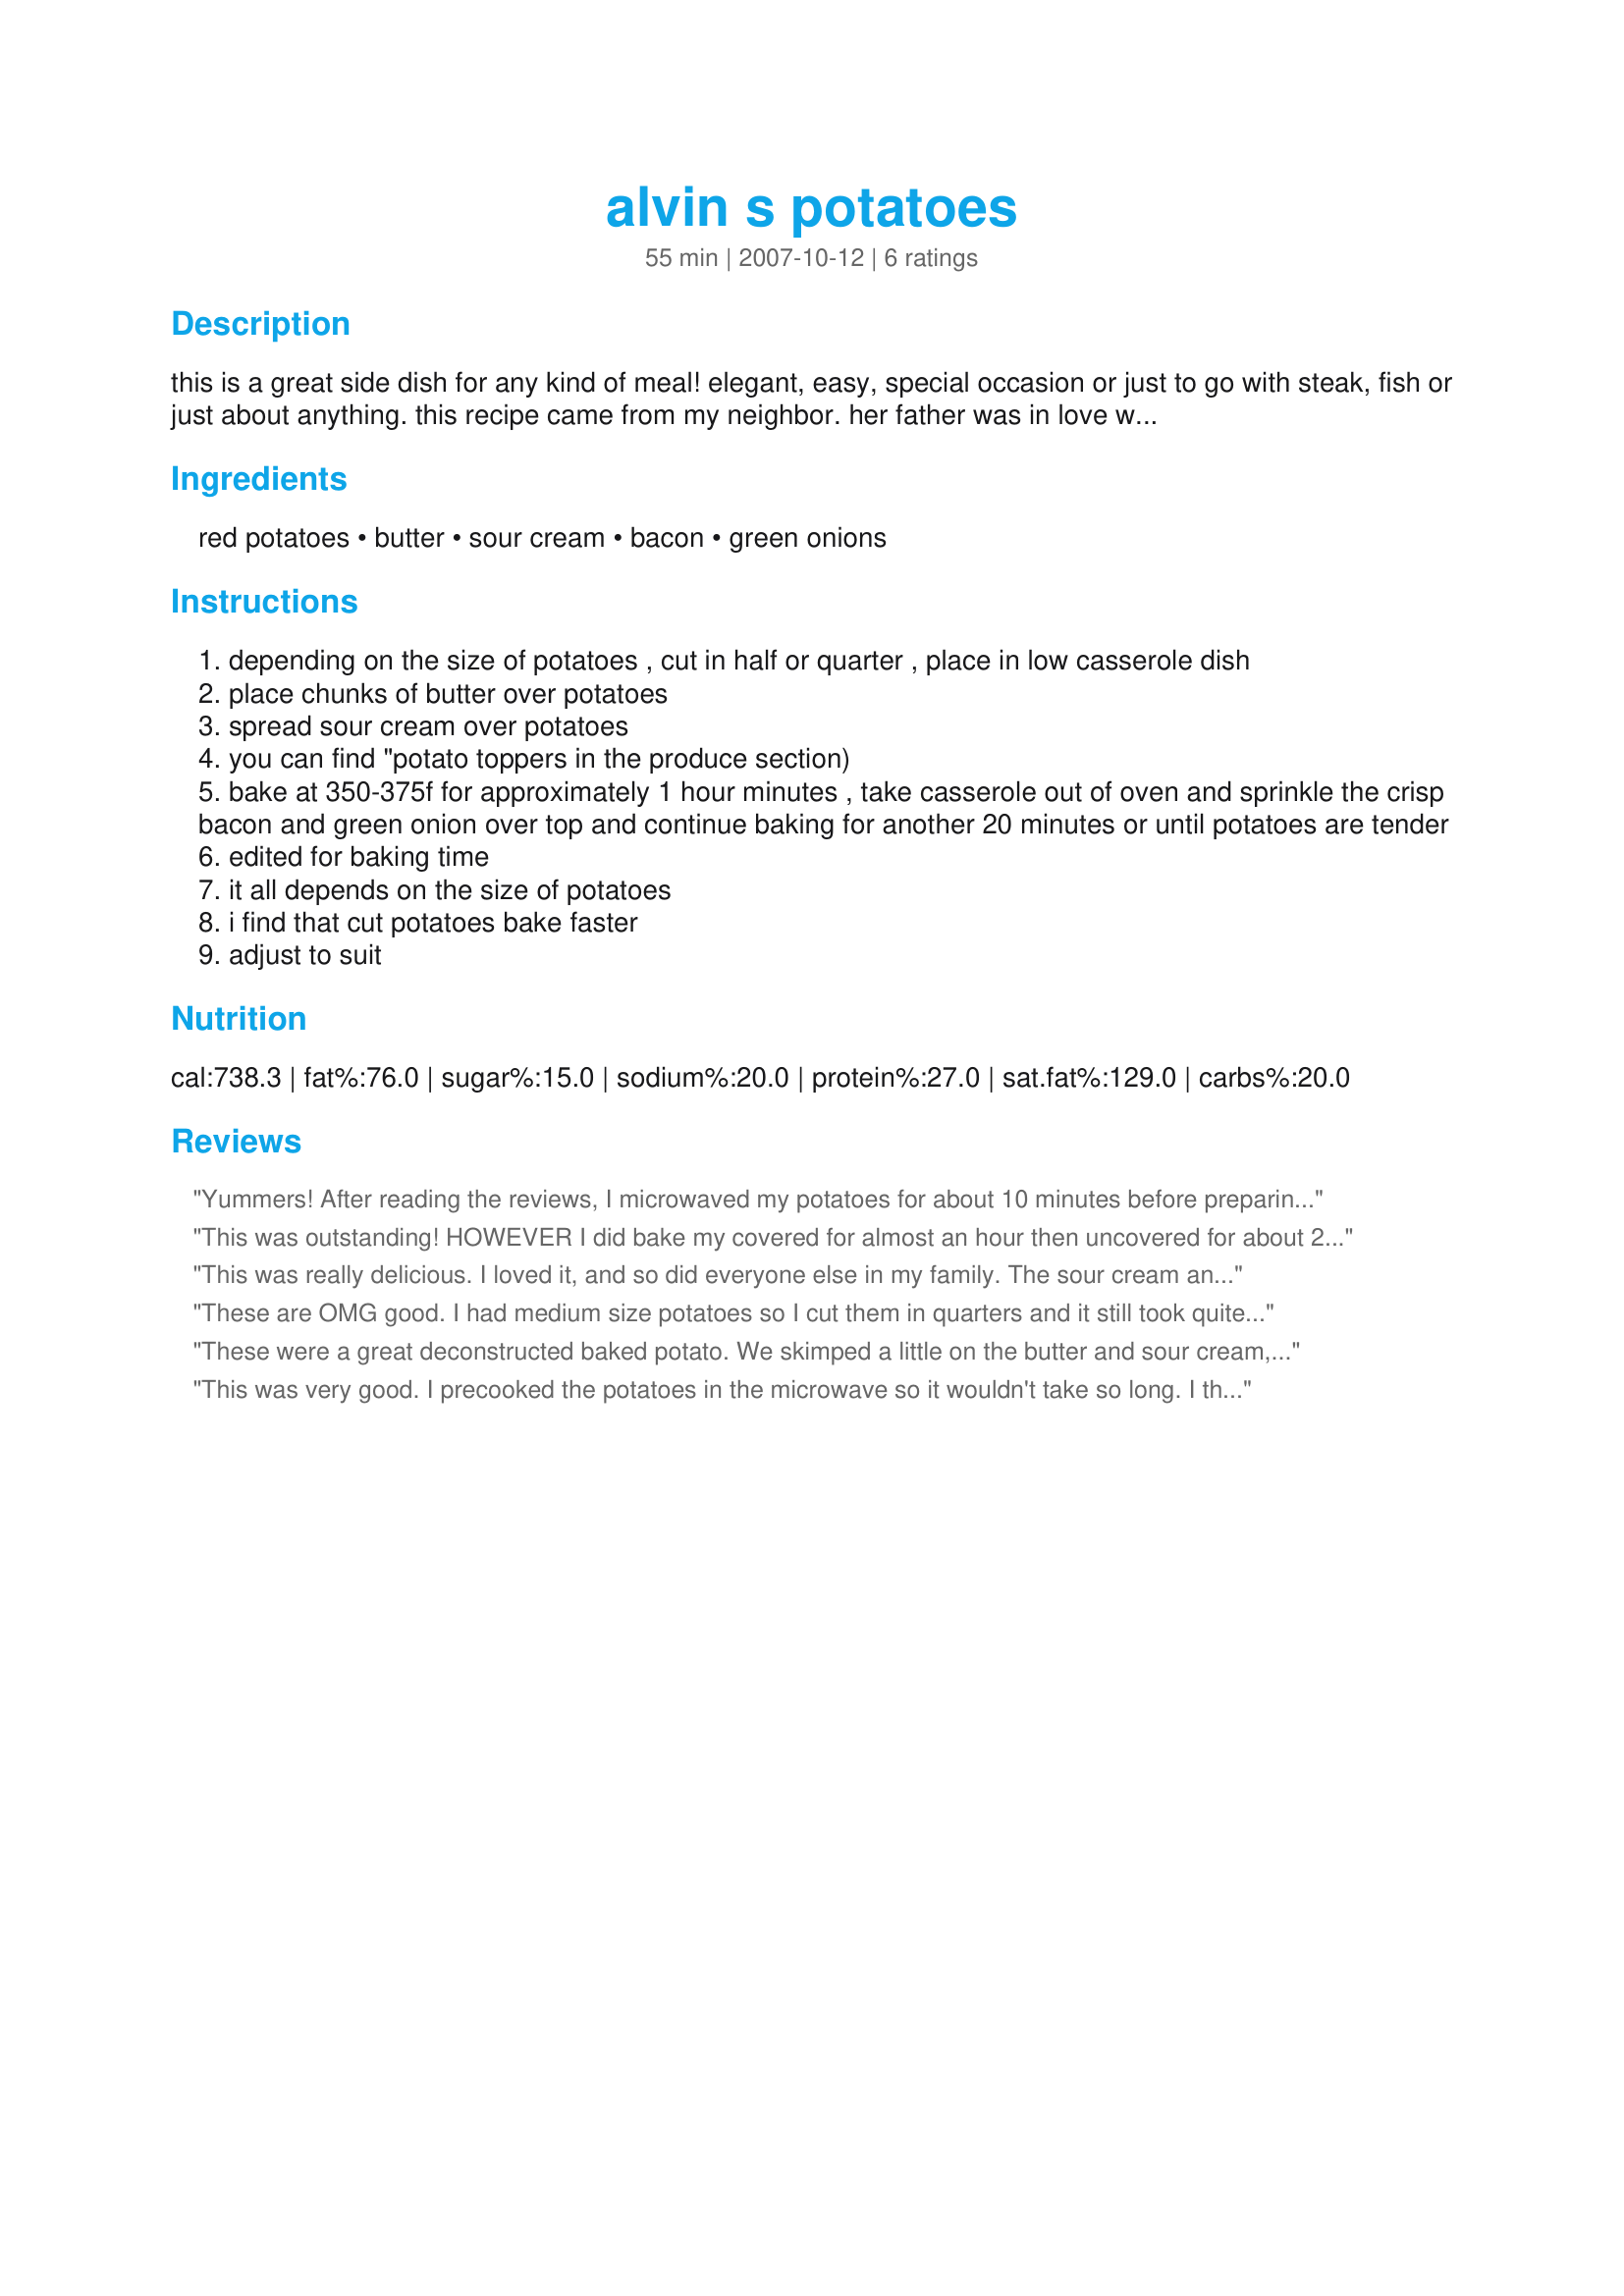
alvin s potatoes
Preparation time: 55 minutes

this is a great side dish for any kind of meal! elegant, easy, special occasion or just to go with steak, fish or just about anything. this recipe came from my neighbor. her father was in love with this recipe so whenever any of us made this we just called it "alvin's potatoes". you can adjust to # of people and tweak with just about anything. if you want to go "really" easy - sprinkle a package of potato toppers over sour cream and pop into the oven for the full baking time. you can also adjust baking temp. & time if you want to bake along with your meat.

Ingredients:
red potatoes, butter, sour cream, bacon, green onions

Steps:
depending on the size of potatoes , cut in half or quarter , place in low casserole dish
place chunks of butter over potatoes
spread sour cream over potatoes
you can find "potato toppers in the produce section)
bake at 350-375f for approximately 1 hour minutes , take casserole out of oven and sprinkle the crisp bacon and green onion over top and continue baking for another 20 minutes or until potatoes are tender
edited for baking time
it all depends on the size of potatoes
i find that cut potatoes bake faster
adjust to suit

Reviews:
Yummers! After reading the reviews, I microwaved my potatoes for about 10 minutes before preparing the rest of the dish. These are very simple and good. Thanks Pricilla for a great side dish. Made for PAC Spring 2009.
This was outstanding! HOWEVER I did bake my covered for almost an hour then uncovered for about 20 minutes and they were perfect but my new oven is slow. I followed the recipe exactly and it received RAVES! Thank you Pricilla for a really fabulous recipe that I will make time and time again.
This was really delicious. I loved it, and so did everyone else in my family. The sour cream and green onions really contributed a lot of flavor to this dish. Thanks Pricilla. Made for Fall '09 Pick-A-Chef.
These are OMG good. I had medium size potatoes so I cut them in quarters and it still took quite a bit longer than the posted time to cook so I'll probably precook next time. They were worth the wait though. I took leftovers to work today and everybody that walked through the break room while I was eating asked "what's that?" and "did you make it?" We'll be having these again!
These were a great deconstructed baked potato. We skimped a little on the butter and sour cream, but then topped it with cheddar cheese at the end, go figure! Surely a splurge and PERFECT alongside steaks, tx so much!
This was very good. I precooked the potatoes in the microwave so it wouldn't take so long. I think next time, I'll sprinkle them with cheddar cheese instead of the sour cream and serve the sour cream on the side. Great recipe, Pricilla!
